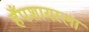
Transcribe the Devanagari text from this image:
हँपशायरला